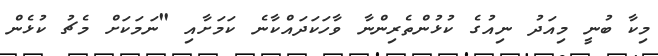
މިކާ ބުނީ މިއަދު ނިއުގެ ކުޅުންތެރިންނާ ވާހަކަދައްކާނެ ކަމަށާއި "ނަމަކަށް މެޗު ކުޅެން